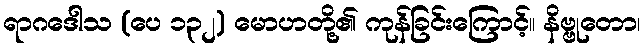
ရာဂဒေါသ (ပေ ၁၃၂) မောဟတို့၏ ကုန်ခြင်းကြောင့်။ နိဗ္ဗုတော၊